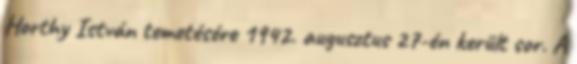
Horthy István temetésére 1942. augusztus 27-én került sor. A